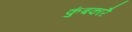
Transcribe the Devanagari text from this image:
कुंबकारै